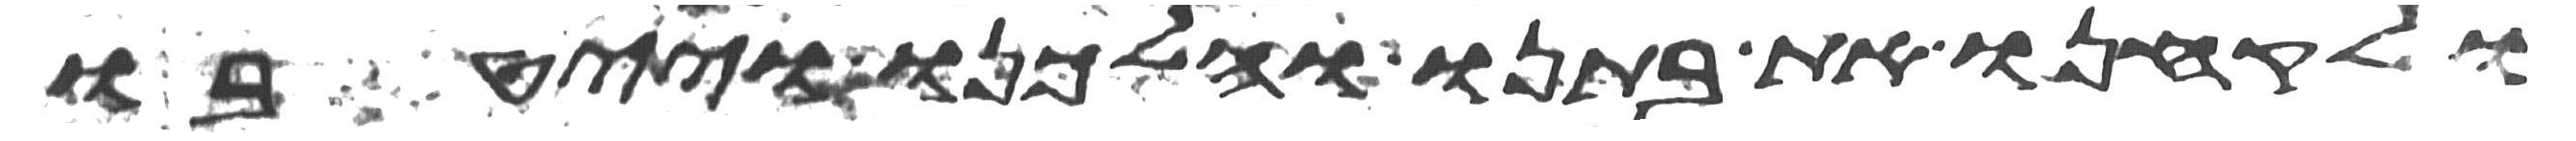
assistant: ולקחנו את בתנו והלכנו וייטבו